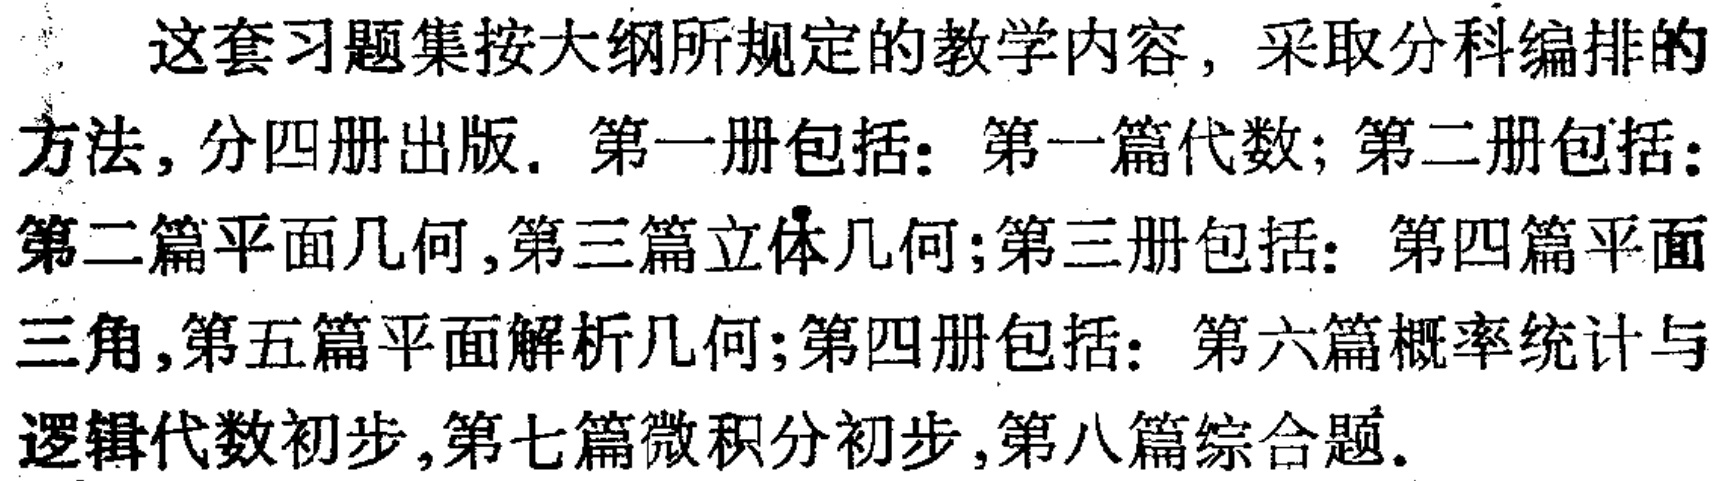
这套习题集按大纲所规定的教学内容, 采取分科编排的方法, 分四册出版. 第一册包括：第一篇代数; 第二册包括：第二篇平面几何,第三篇立体几何;第三册包括：第四篇平面三角,第五篇平面解析几何;第四册包括：第六篇概率统计与逻辑代数初步,第七篇微积分初步,第八篇综合题.